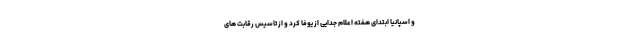
و اسپانیا ابتدای هفته اعلام جدایی از یوفا کرد و از تاسیس رقابت های